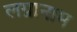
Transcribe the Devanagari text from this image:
लग्नानाम